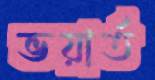
ভয়ার্ত